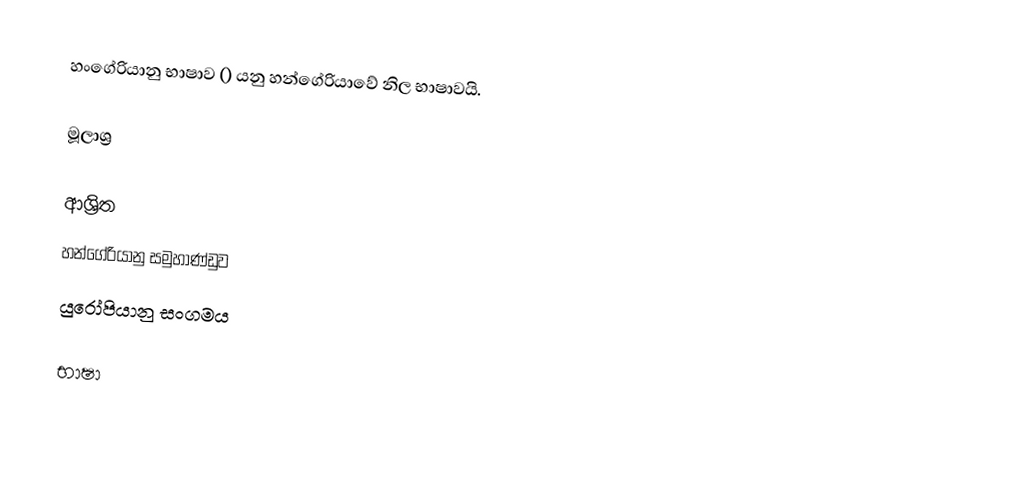
හංගේරියානු භාෂාව () යනු හන්ගේරියාවේ නිල භාෂාවයි.

මූලාශ්‍ර

ආශ්‍රිත
 හන්ගේරියානු සමුහාණ්ඩුව
 යුරෝපියානු සංගමය

භාෂා